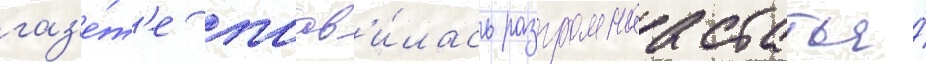
газ'е́т'е поав'и́лась разгромнаа статья́